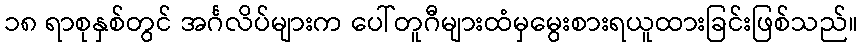
၁၈ ရာစုနှစ်တွင် အင်္ဂလိပ်များက ပေါ်တူဂီများထံမှမွေးစားရယူထားခြင်းဖြစ်သည်။